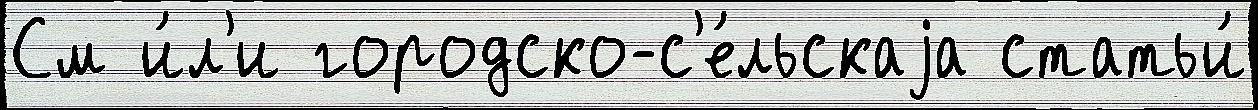
См и́л'и городско-с'е́льскаjа статьи́